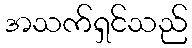
အသက်ရှင်သည်